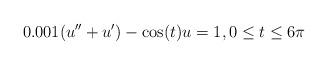
LaTeX: \begin{align*}0.001(u'' + u') - \cos(t) u = 1, 0\le t \le 6\pi\end{align*}